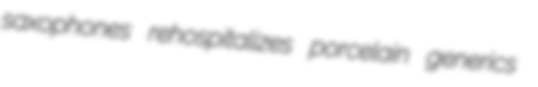
saxophones rehospitalizes porcelain generics